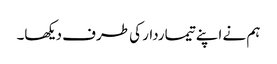
ہم نے اپنے تیماردار کی طرف دیکھا۔